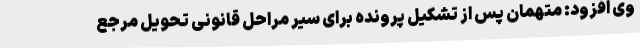
وی افزود: متهمان پس از تشکیل پرونده برای سیر مراحل قانونی تحویل مرجع